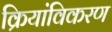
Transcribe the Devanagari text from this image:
क्रियांविकरण